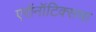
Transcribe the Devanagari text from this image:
एरॉनॉटिक्सचा